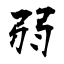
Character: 弱